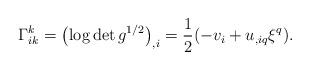
\begin{align*}\Gamma_{ik}^k=\left(\log \det g^{1/2}\right)_{,i}=\frac{1}{2}(-v_i+u_{,iq}\xi^q).\end{align*}